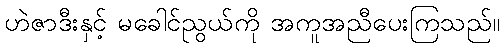
ဟဲဇာဒီးနှင့် မခေါင်ညွယ်ကို အကူအညီပေးကြသည်။